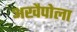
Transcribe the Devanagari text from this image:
अखैपोला